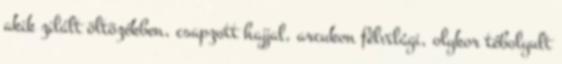
akik zilált öltözékben, csapzott hajjal, arcukon félvilági, olykor tébolyult